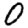
Digit: 0